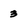
Character: 3